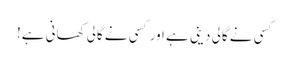
کسی نے گالی دینی ہے اور کسی نے گالی کھانی ہے!